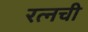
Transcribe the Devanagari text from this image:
रत्‍नची